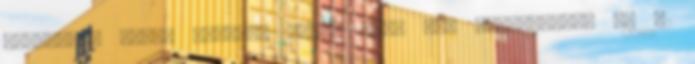
Budapest, XIII. kerület Csata utca 30. Alapterület 78 m2